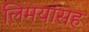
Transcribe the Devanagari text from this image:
लिमयांसह